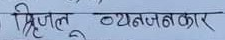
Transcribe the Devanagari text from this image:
पृजल व्यंजनकार